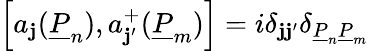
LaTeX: \left[a_{\mathbf{j}}(\underline{{{{P}}}}_{n}),a_{\mathbf{j}^{\prime}}^{+}(\underline{{{{P}}}}_{m})\right]=i\delta_{\mathbf{j}\mathbf{j}^{\prime}}\delta_{\underline{{{{P}}}}_{n}\underline{{{{P}}}}_{m}}